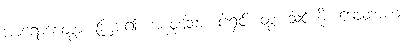
အာရောစေတွာ၊ ကြား၍။ အာဝုသော၊ ငါ့ရှင်။ တွံ၊ သင့်ကို။ ဒေဝတာယ၊